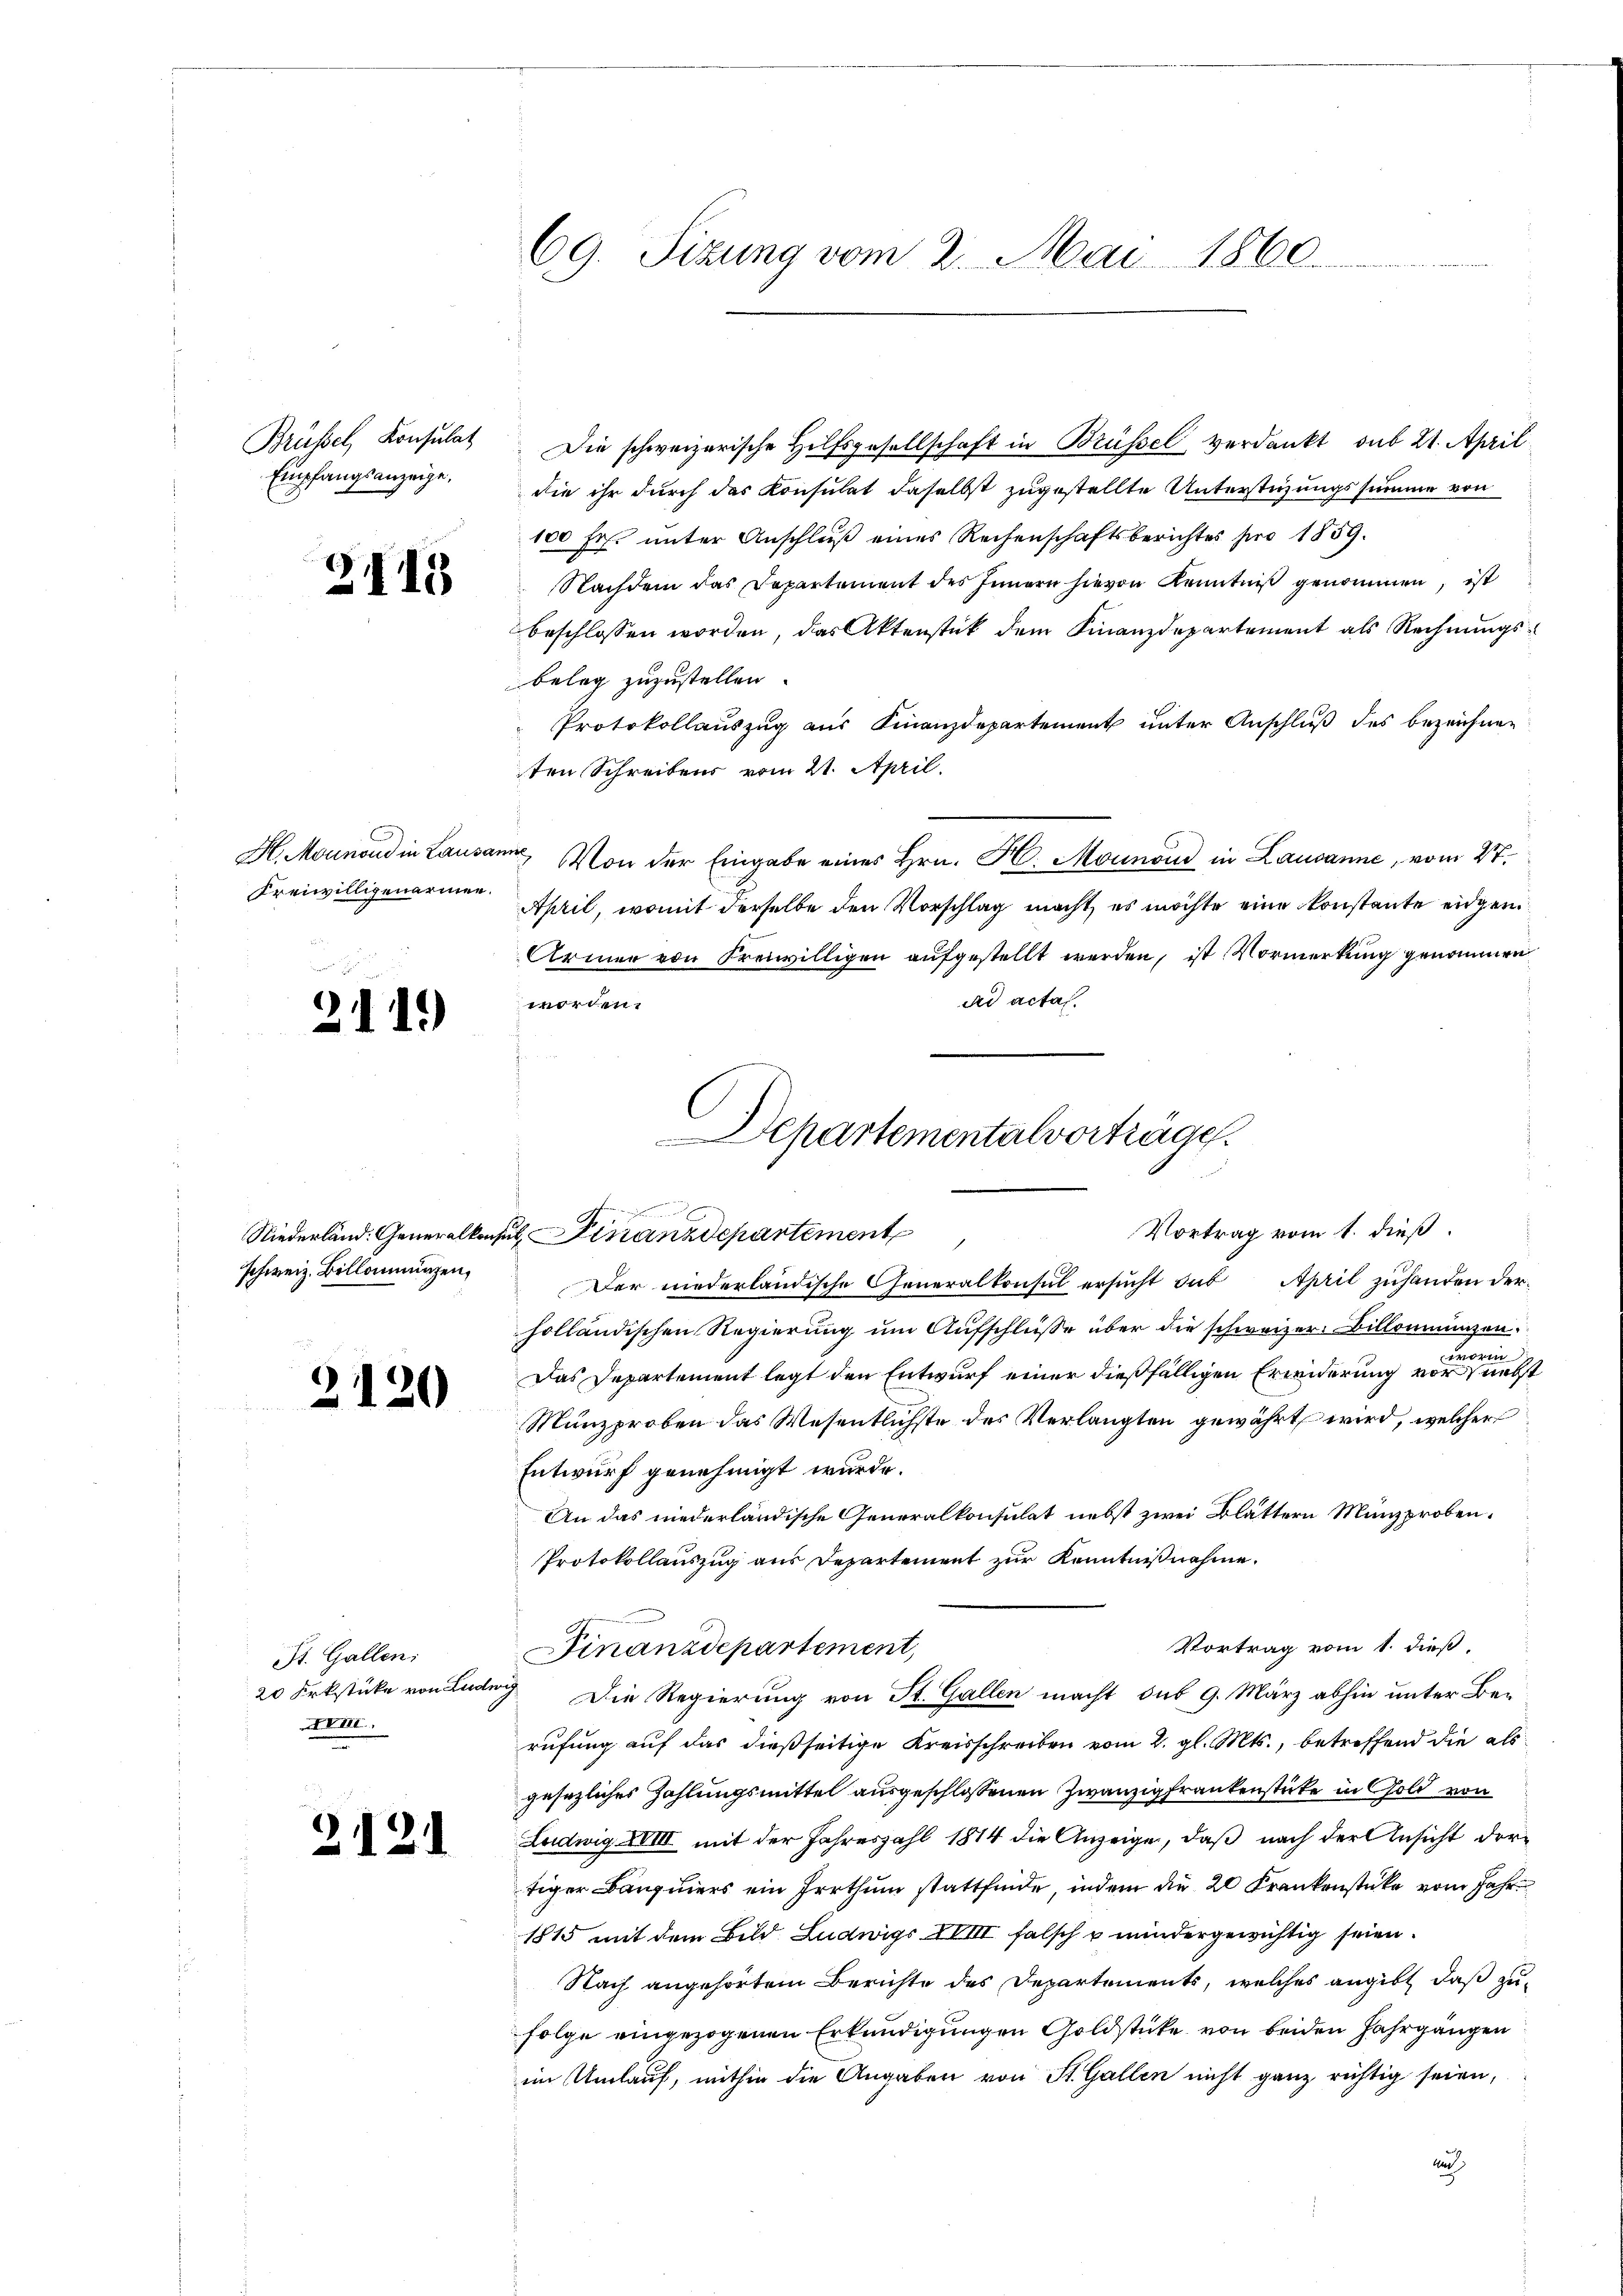
Brüssel, Konsulat
Empfangsanzeige.

H. Menoud in Laus
Freiwilligenarmen.

5

d

d

2115

1

.

.

1.)

schweiz. Billamungen,

20

St. Gallen;
A

2

69. Sizung vom 2. Mai 1860.

100 fr. unter Anschluß eines Rechenschaftsberichtes pro 1859.
Nachdem das Departement des Innern hievon Kenntniß genommen, ist
beschlossen worden, das Aktenstück dem Finanzdepartement als Rechnungsbeleg zuzustellen.
Protokollauszug aus Finanzdepartement unter Anschluß des bezeichnen
ten Schreibens vom 21. April.
am. Von der Eingabe eines Hrn. H. Mounoud in Lausanne, vom 27.
April, womit derselbe den Vorschlag macht, es möchte eine konstante eidgen.
Armen von Freiwilligen aufgestellt werden, ist Vormerkung genommen
ad acta.
worden.
Departementalvorträge.

enheit einen
Vortrag vom 1. dieß.
Niederländ. Generalkonsul, Finanzdepartement

Der niederländische Generalkonsul ersucht der April zuhanden derholländischen Regierung um Aufschlüsse über die schweizer Billonmunzen.
worin
Das Departement legt den Entwurf einer dießfälligen Erinderung vor nebst
Münzproben das Wesentlichste des Verlangten gewährt wird, welcher
Entwurf genehmigt wurde.
An das niederländische Generalkonsulat nebst zwei Blättern Münzproben.
Protokollauszug aus Departement zur Kenntnißnahme.
Vortrag vom 1. dieß,
Finanzdepartement,
20 Frkstücke von Luder Die Regierung von St. Gallen macht sub 9. März abhin unter Be-
rufung auf das dießseitige Kreisschreiben vom 2. gl. Mts., betreffend die als
gesezliches Zahlungsmittel ausgeschlossenen Zwanzig frankenstücke in Gold von
Ludwig XVIII mit der Jahreszahl 1874 die Anzeige, daß nach der Ansicht dortiger Banquiers ein Irrthum stattfinde, indem die 20 Krankenstücke vom Jahr
1815 mit dem Bild Ludwigs XVIII falsch u mindergewichtig seien.
Nach angehörtem Berichte des Departements, welches angibt, daß zufolge eingezogenen Erkundigungen Goldstücke von beiden Jahrgängen
im Umlauf, mithin die Angaben von St. Gallen nicht ganz richtig seien,
und

Die schweizerische Hilfsgesellschaft in Brüssel verdankt, sub 21. April
die ihr durch das Konsulat daselbst zugestellte Unterstüzungssumme von